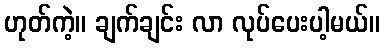
ဟုတ်ကဲ့။ ချက်ချင်း လာ လုပ်ပေးပါ့မယ်။